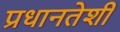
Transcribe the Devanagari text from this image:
प्रधानतेशी